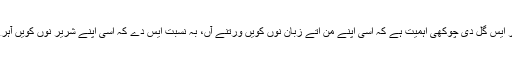
رنپوچے دے انوسار ایس گل دی چوکھی اہمیت ہے کہ اسی اپنے من اتے زبان نوں کویں ورتنے آں، بہ نسبت ایس دے کہ اسی اپنے شریر نوں کویں آہرے لائی رکھنے آں۔